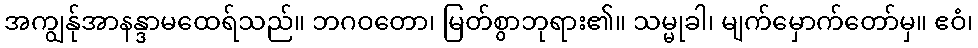
အကျွန်ုအာနန္ဒာမထေရ်သည်။ ဘဂဝတော၊ မြတ်စွာဘုရား၏။ သမ္မုခါ၊ မျက်မှောက်တော်မှ။ ဧဝံ၊